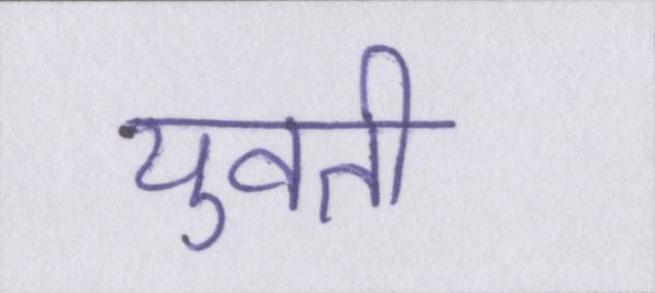
युवती